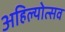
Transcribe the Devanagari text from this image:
अहिल्योत्सव